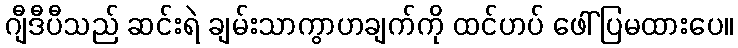
ဂျီဒီပီသည် ဆင်းရဲ ချမ်းသာကွာဟချက်ကို ထင်ဟပ် ဖေါ်ပြမထားပေ။